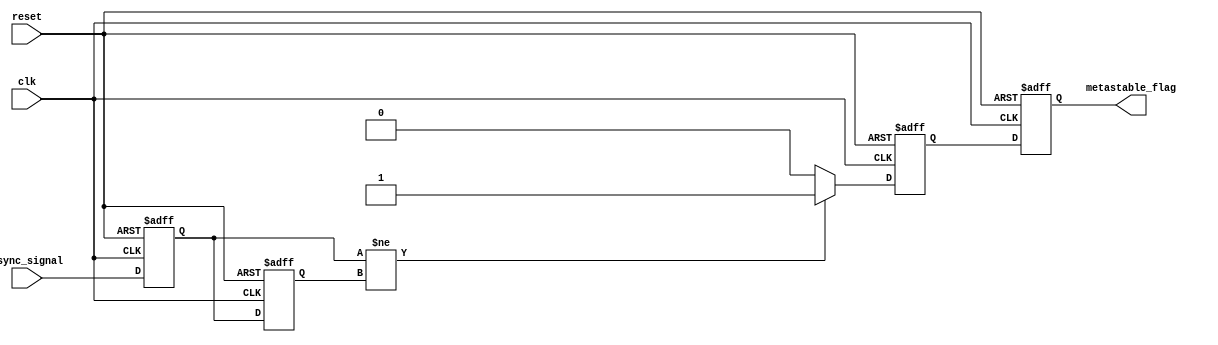
module metastability_detector (
    input wire clk,           // Clock signal
    input wire async_signal,  // Asynchronous input signal
    input wire reset,         // Reset signal for clearing flags
    output reg metastable_flag // Output flag for metastability detection
);

    reg latch1, latch2;       // Two latches for sampling the async_signal
    reg metastable_detected;   // Intermediate signal for detecting metastability

    // Sequential logic to sample the input signal
    always @(posedge clk or posedge reset) begin
        if (reset) begin
            latch1 <= 1'b0;    // Reset latch1
            latch2 <= 1'b0;    // Reset latch2
            metastable_detected <= 1'b0; // Clear metastable flag
        end else begin
            latch1 <= async_signal; // Sample async_signal into latch1
            latch2 <= latch1;        // Sample latch1 output into latch2

            // Check if latch1 and latch2 are different indicating a potential metastability
            if (latch1 != latch2) begin
                metastable_detected <= 1'b1; // Set the intermediate flag
            end else begin
                metastable_detected <= 1'b0; // Clear the flag if stable
            end
        end
    end

    // Output logic
    always @(posedge clk or posedge reset) begin
        if (reset) begin
            metastable_flag <= 1'b0; // Clear output flag on reset
        end else begin
            metastable_flag <= metastable_detected; // Drive output flag from intermediate detection
        end
    end

endmodule